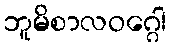
ဘူမိစာလဝဂ္ဂေါ